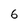
Character: 6